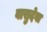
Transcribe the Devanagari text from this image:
वासुदेवा